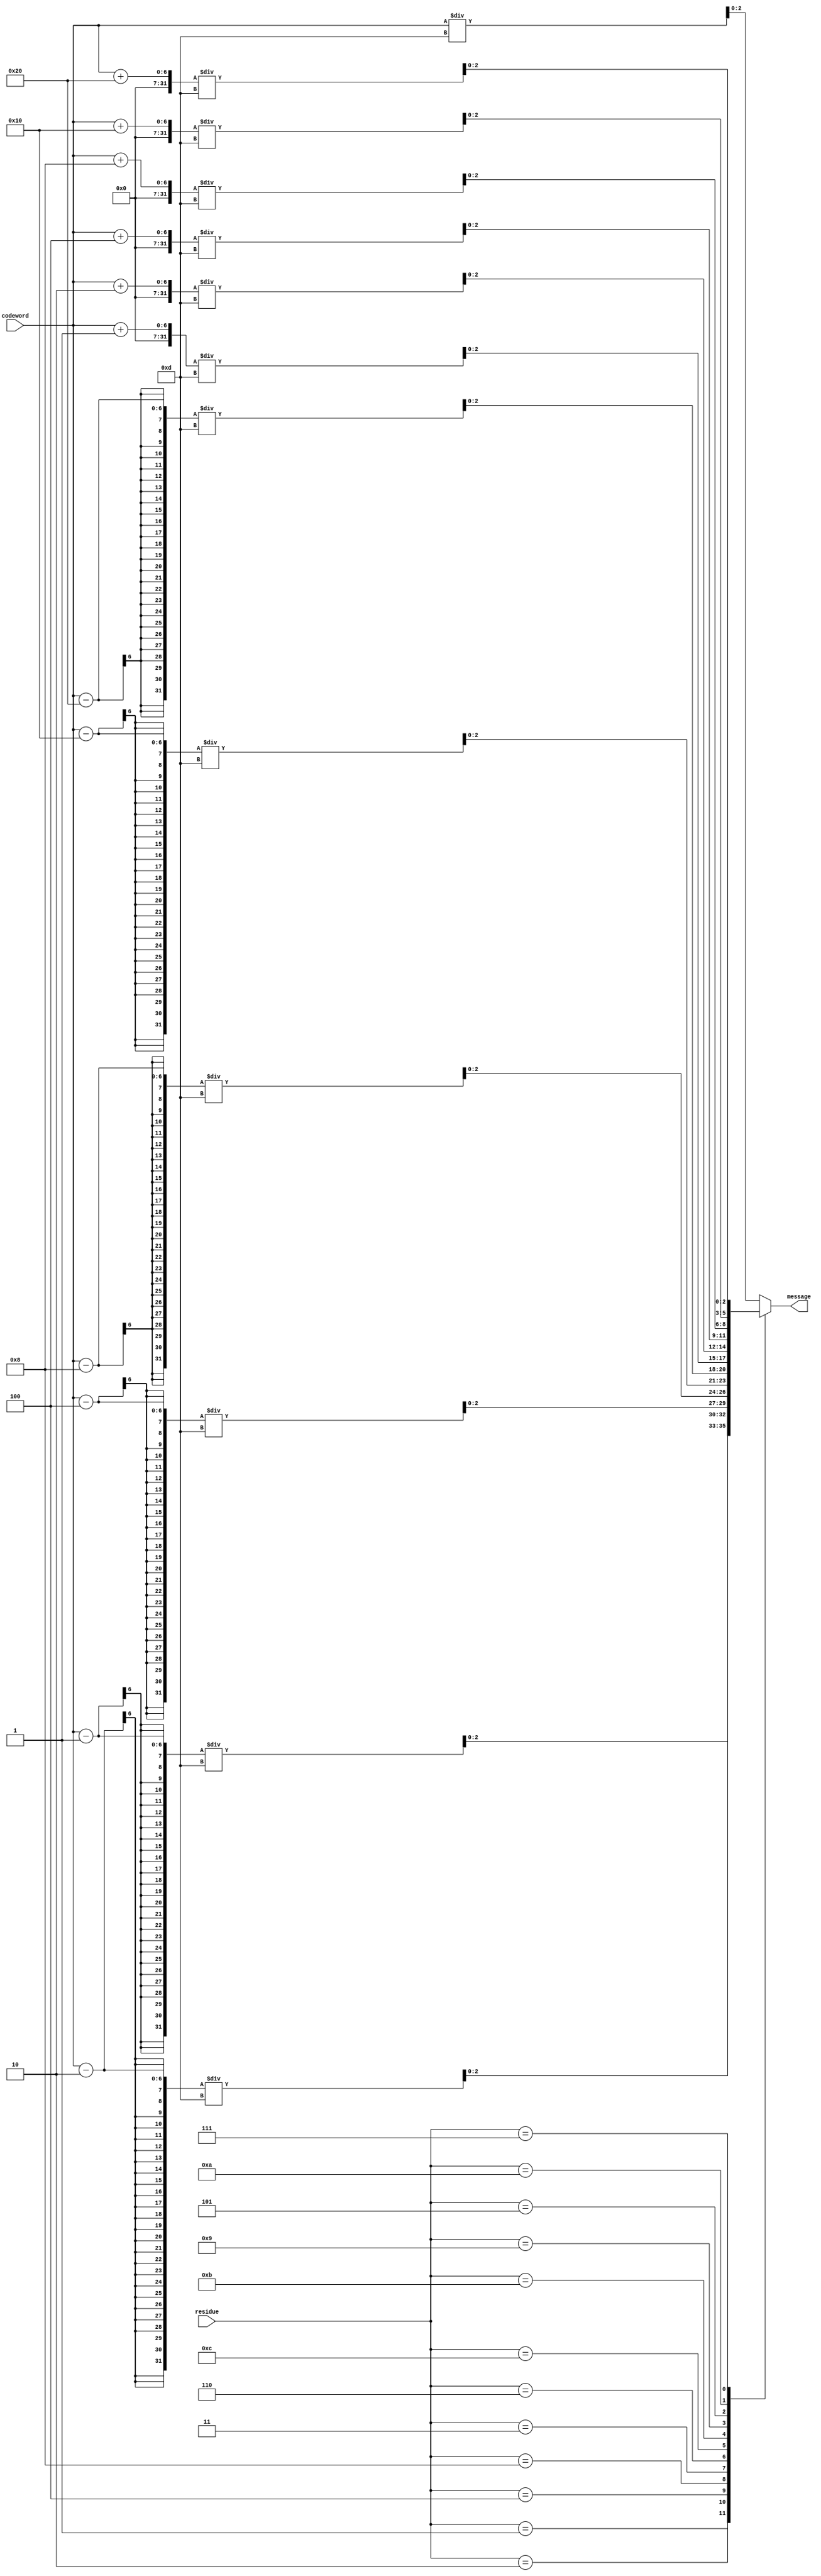
module an_decoder_n13 (input [5:0] codeword,input [3:0]residue, output reg [2:0] message);
    parameter A=13;
    always@(codeword)begin
        case(residue)
           4'd1:message = (codeword -1)/A;
           4'd2:message = (codeword -2)/A;
           4'd4:message = (codeword -4)/A;
           4'd8:message = (codeword -8)/A;
           4'd3:message = (codeword -16)/A;
           4'd6:message = (codeword -32)/A;
           4'd12:message = (codeword +1)/A;
           4'd11:message = (codeword +2)/A;
           4'd9:message = (codeword +4)/A;
           4'd5:message = (codeword +8)/A;
           4'd10:message = (codeword +16)/A;
           4'd7:message = (codeword +32)/A;
            default:message =codeword /A;
     endcase
   end
endmodule